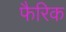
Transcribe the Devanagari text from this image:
फैरिक